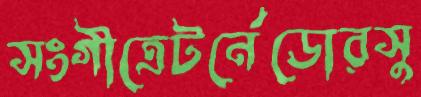
সংগীত্রেটর্নেডোরসু